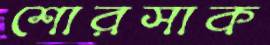
শোরসাক